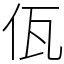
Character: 佤